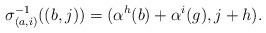
LaTeX: \begin{align*} \sigma_{(a,i)}^{-1}((b,j))=(\alpha^h(b)+\alpha^i(g),j+h).\end{align*}